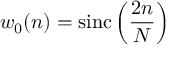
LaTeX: w _ { 0 } ( n ) = \operatorname { s i n c } \left( { \frac { 2 n } { N } } \right)